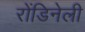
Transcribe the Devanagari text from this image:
रोंडिनेली